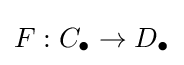
F:C_{\bullet }\to D_{\bullet }